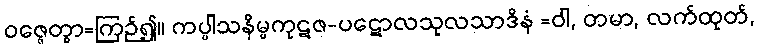
ဝဇ္ဇေတွာ=ကြဉ်၍။ ကပ္ပါသနိမ္ဗကုဋဇ-ပဋောလသုလသာဒိနံ =ဝါ, တမာ, လက်ထုတ်,